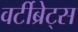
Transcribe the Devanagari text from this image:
वर्टीब्रेट्स